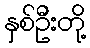
နှစ်ဦးတို့